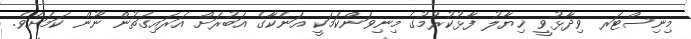
މިނިސްޓަރ ވިދާޅުވީ ޚިޔާލު ފާޅުކުރުމުގެ މިނިވަންކަމަކީ އަނެކާގެ އަބުރަށް އަރައިގަތުން ނޫން ކަމަށެވެ.